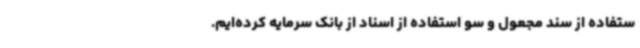
ستفاده از سند مجعول و سو استفاده از اسناد از بانک سرمایه کرده‌ایم.